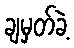
ချမှတ်ခဲ့